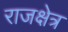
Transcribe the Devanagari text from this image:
राजक्षेत्र